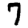
Digit: 7